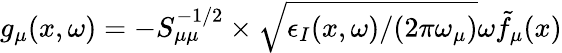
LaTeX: g_{\mu}(x,\omega)=-S_{\mu\mu}^{-1/2}\times\sqrt{\epsilon_{I}(x,\omega)/(2\pi\omega_{\mu})}\omega\tilde{f}_{\mu}(x)